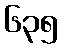
၆၃၅